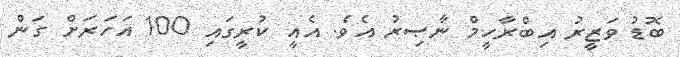
ބޮޑު ވަޒީރު އިބްރާހީމް ނާޞިރު އެވެ. އެއީ ކުރީގައި 100 އަހަރަށް ގަން